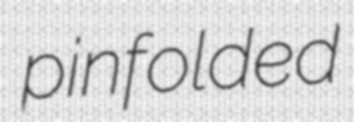
pinfolded